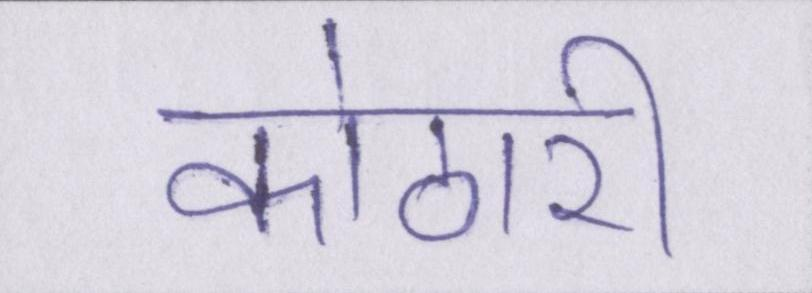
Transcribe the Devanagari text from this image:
कोठारी